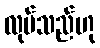
လုပ်သည်ဟု